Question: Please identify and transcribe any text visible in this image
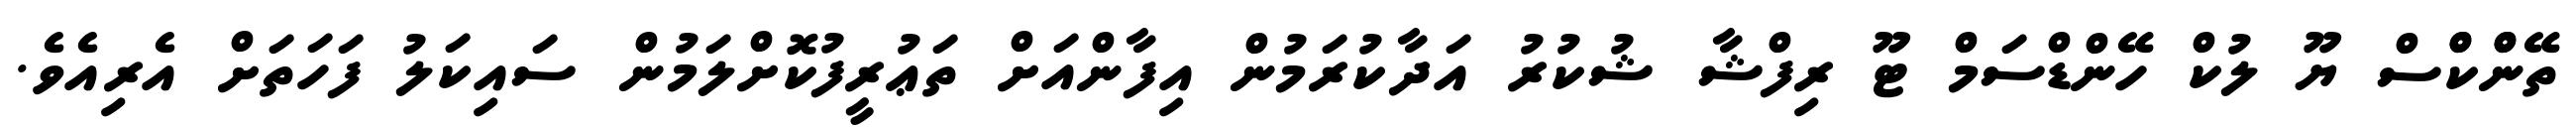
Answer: ތޭންްކްްސް ޔޫ ލުކް ހޭންޑްސަމް ޓޫ ރިފްޝާ ޝުކުރު އަދާކުރަމުން އިފާންއަށް ތަޢުރީފުކޮށްލަމުން ސައިކަލު ފަހަތަށް އެރިއެވެ.